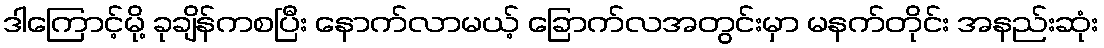
ဒါကြောင့်မို့ ခုချိန်ကစပြီး နောက်လာမယ့် ခြောက်လအတွင်းမှာ မနက်တိုင်း အနည်းဆုံး